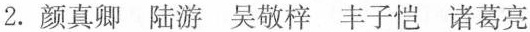
2.颜真卿 陆游 吴敬梓 丰子恺 诸葛亮